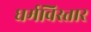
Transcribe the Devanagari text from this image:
धर्मविस्तार